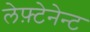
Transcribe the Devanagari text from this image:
लेफ़्टेनेन्ट